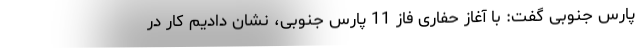
پارس جنوبی گفت: با آغاز حفاری فاز 11 پارس جنوبی، نشان دادیم کار در